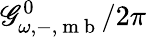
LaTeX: \mathscr{G}_{\omega,-,\mathrm{{~m~b~}}}^{0}/2\pi